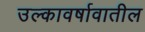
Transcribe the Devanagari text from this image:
उल्कावर्षावातील